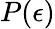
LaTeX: P(\epsilon)